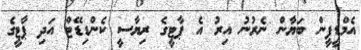
އެމްޑީޕީން ބަޔާން ނެރުނު އިރު އެ ޕާޓީގެ ރިޔާސީ ކެންޑިޑޭޓް އަދި ޕާޓީގެ